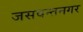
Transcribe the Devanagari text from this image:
जसवन्तनगर